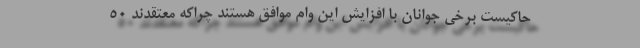
حاکیست برخی جوانان با افزایش این وام موافق هستند چراکه معتقدند ۵۰